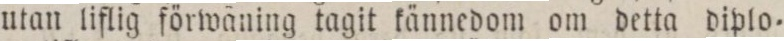
utan liflig förwäning tagit kännedom om detta diplo=